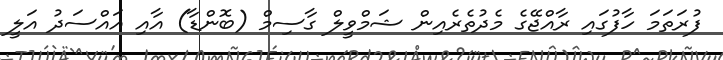
ފުރަތަމަ ހާފުގައި ރާއްޖޭގެ މެދުތެރެއިން ޝަމްވީލް ގާސިމް (ބޮންޑާ) އާއި އައްސަދު އަލީ